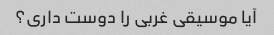
آیا موسیقی غربی را دوست داری؟